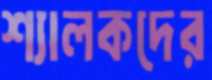
শ্যালকদের